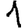
Digit: 1